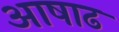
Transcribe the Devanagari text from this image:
अाषाढ